Annual administration report of the Civil Veterinary Department of India - 1895-1896
Year: 1895
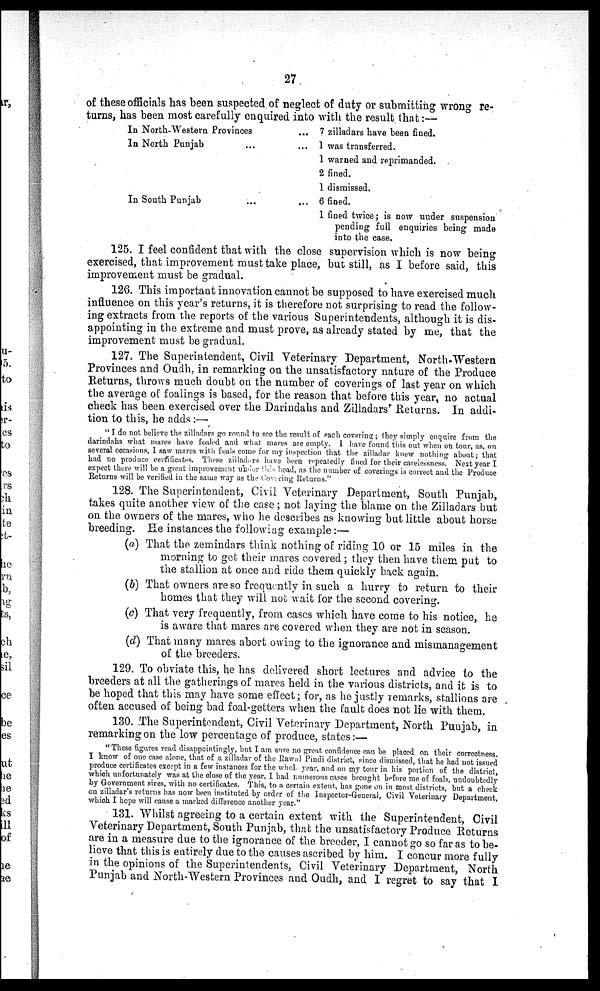
27
of these officials has been suspected of neglect of duty or submitting wrong re-
turns, has been most carefully enquired into with the result that:—
In North-Western Provinces ...
In North Punjab ... ...
In South Punjab ... ...
7 zilladars have been fined.
1 was transferred.
1 warned and reprimanded.
2 fined.
1 dismissed.
6 fined.
1 fined twice; is now under suspension
pending full enquiries being made
into the case.
125. I feel confident that with the close supervision which is now being
exercised, that improvement must take place, but still, as I before said, this
improvement must be gradual.
126. This important innovation cannot be supposed to have exercised much
influence on this year's returns, it is therefore not surprising to read the follow-
ing extracts from the reports of the various Superintendents, although it is dis-
appointing in the extreme and must prove, as already stated by me, that the
improvement must be gradual.
127. The Superintendent, Civil Veterinary Department, North-Western
Provinces and Oudh, in remarking on the unsatisfactory nature of the Produce
Returns, throws much doubt on the number of coverings of last year on which
the average of foalings is based, for the reason that before this year, no actual
check has been exercised over the Darindahs and Zilladars' Returns. In addi-
tion to this, he adds:—
"I do not believe the zilladars go round to see the result of each covering; they simply enquire from the
darindahs what mares have foaled and what mares are empty. I have found this out when on tour, as, on
several occasions, I saw mares with foals come for my inspection that the zilladar knew nothing about; that
had no produce certificates. These zilladars have been repeatedly fined for their carelessness. Next year I
expect there will be a great improvement under this head, as the number of coverings is correct and the Produce
Returns will be verified in the same way as the Covering Returns."
128. The Superintendent, Civil Veterinary Department, South Punjab,
takes quite another view of the case; not laying the blame on the Zilladars but
on the owners of the mares, who he describes as knowing but little about horse
breeding. He instances the following example:—
(a) That the zemindars think nothing of riding 10 or 15 miles in the
morning to get their mares covered; they then have them put to
the stallion at once and ride them quickly back again.
(b) That owners are so frequently in such a hurry to return to their
homes that they will not wait for the second covering.
(c) That very frequently, from cases which have come to his notice, he
is aware that mares are covered when they are not in season.
(d) That many mares abort owing to the ignorance and mismanagement
of the breeders.
129. To obviate this, he has delivered short lectures and advice to the
breeders at all the gatherings of mares held in the various districts, and it is to
be hoped that this may have some effect; for, as he justly remarks, stallions are
often accused of being bad foal-getters when the fault does not lie with them.
130. The Superintendent, Civil Veterinary Department, North Punjab, in
remarking on the low percentage of produce, states:—
"These figures read disappointingly, but I am sure no great confidence can be placed on their correctness.
I know of one case alone, that of a zilladar of the Rawal Pindi district, since dismissed, that he had not issued
produce certificates except in a few instances for the whole year, and on my tour in his portion of the district,
which unfortunately was at the close of the year, I had numerous cases brought before me of foals, undoubtedly
by Government sires, with no certificates. This, to a certain extent, has gone on in most districts, but a check
on zilladar's returns has now been instituted by order of the Inspector-General, Civil Veterinary Department,
which I hope will cause a marked difference another year."
131. Whilst agreeing to a certain extent with the Superintendent, Civil
Veterinary Department, South Punjab, that the unsatisfactory Produce Returns
are in a measure due to the ignorance of the breeder, I cannot go so far as to be-
lieve that this is entirely due to the causes ascribed by him. I concur more fully
in the opinions of the Superintendents, Civil Veterinary Department, North
Punjab and North-Western Provinces and Oudh, and I regret to say that I